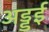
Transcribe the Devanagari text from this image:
अड्डई